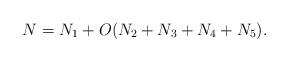
LaTeX: \begin{align*} N = N_1 + O (N_2 + N_3 + N_4 + N_5).\end{align*}